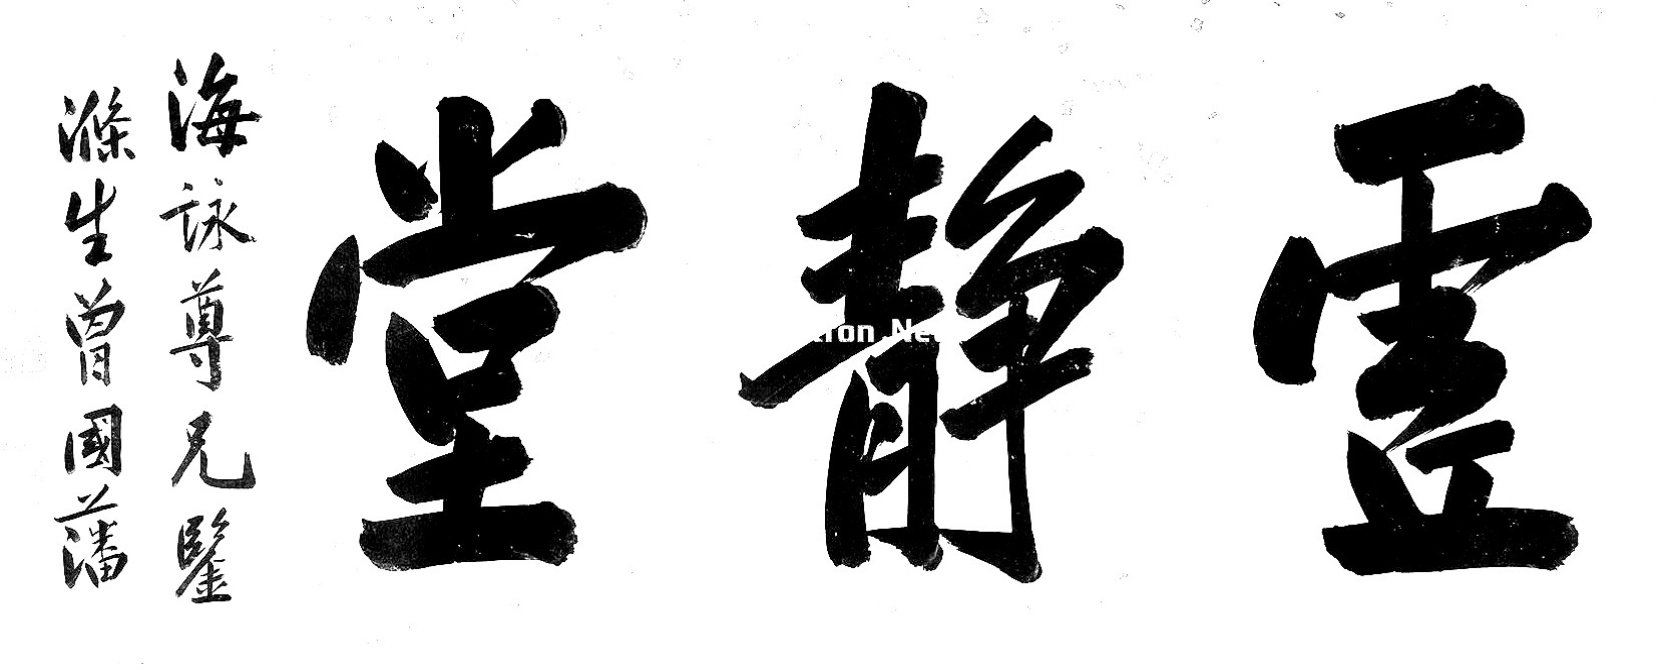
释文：虚静堂。海咏尊兄鉴，涤生曾国藩。